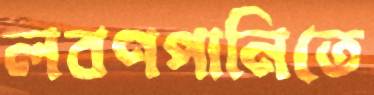
লবণপানিতে